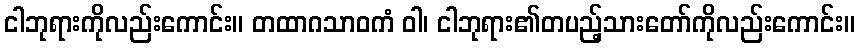
ငါဘုရားကိုလည်းကောင်း။ တထာဂသာဝကံ ဝါ၊ ငါဘုရား၏တပည့်သားတော်ကိုလည်းကောင်း။